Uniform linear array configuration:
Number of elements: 8
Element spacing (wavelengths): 0.5
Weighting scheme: kaiser
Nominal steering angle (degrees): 0
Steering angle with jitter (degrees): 1.634
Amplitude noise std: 0.05
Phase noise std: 0.05

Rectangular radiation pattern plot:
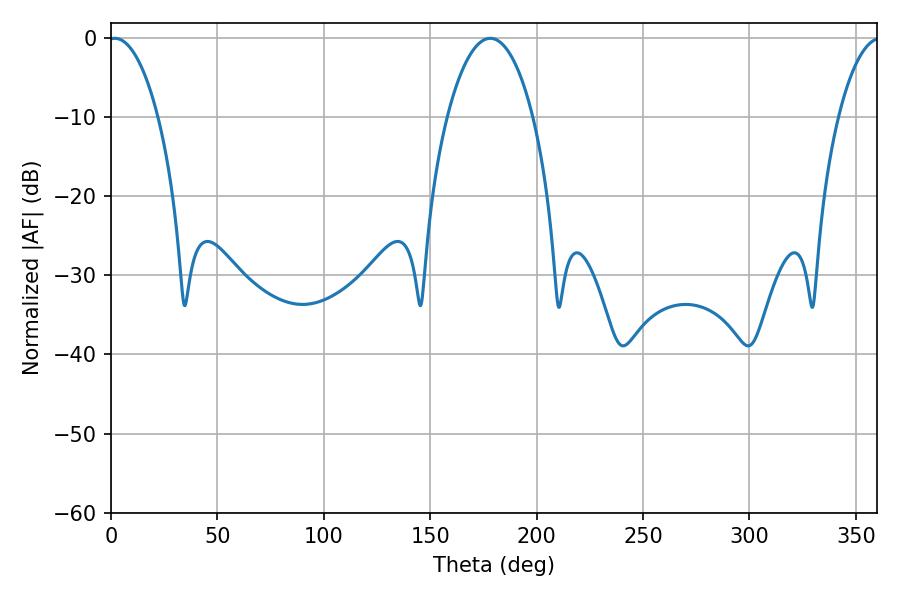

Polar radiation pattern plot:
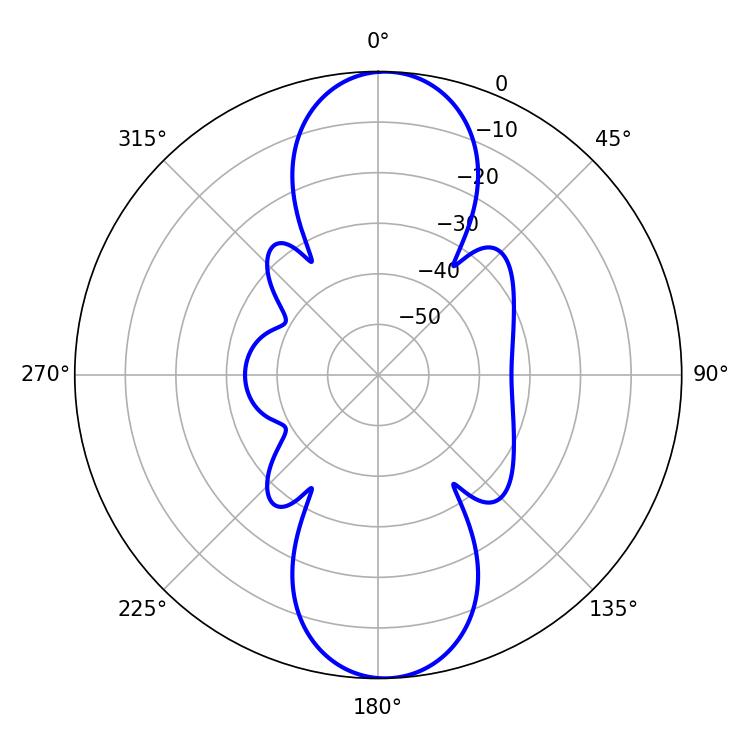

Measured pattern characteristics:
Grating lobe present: FALSE
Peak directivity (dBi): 18.582
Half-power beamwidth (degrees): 13.14
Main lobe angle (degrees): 1.8